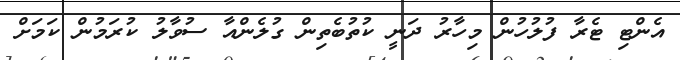
އެންޓި ޓެރާ ފުލުހުން މިހާރު ދަނީ ކުތުބެތިން ގުލެންއާ ސުވާލު ކުރަމުން ކަމަށް